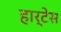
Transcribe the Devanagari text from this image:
हार्टेस